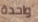
واحدة